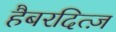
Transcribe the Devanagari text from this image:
हैबरदित्ज़